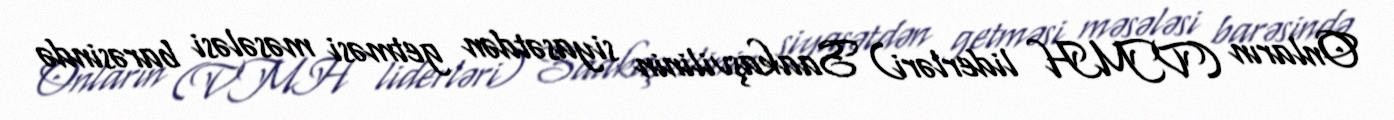
Onların (VMH liderləri) Saakaşvilinin siyasətdən getməsi məsələsi barəsində